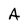
Character: A